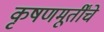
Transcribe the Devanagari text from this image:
कृषणमूर्तींचे